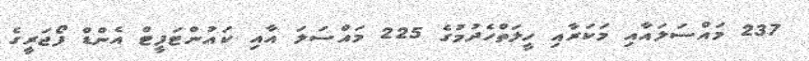
237 މައްސަލައާއި މަކަރާއި ހީލަތްހެދުމުގެ 225 މައްސަލަ އާއި ކައުންޓަފީޓް އެންޑް ފޯޖަރީގެ